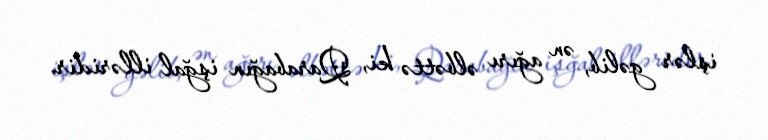
işlər gəlib, ən ağırı əlbəttə ki, Qarabağın işğal illəridir.